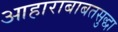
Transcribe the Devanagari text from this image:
आहाराबाबतसुद्धा